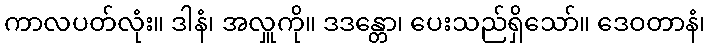
ကာလပတ်လုံး။ ဒါနံ၊ အလှူကို။ ဒဒန္တော၊ ပေးသည်ရှိသော်။ ဒေဝတာနံ၊